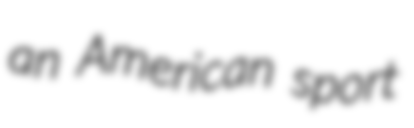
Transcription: an American sport